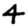
Digit: 4